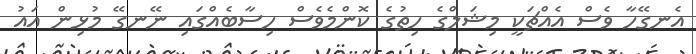
އެނގޭހާ ވެސް އެއްޗަކީ މިޝަލްގެ ހިތުގެ ކޮންމެވެސް ހިސާބެއްގައި ނޭނގޭ މުޅިން އައު